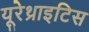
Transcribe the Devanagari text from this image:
यूरेथ्राइटिस